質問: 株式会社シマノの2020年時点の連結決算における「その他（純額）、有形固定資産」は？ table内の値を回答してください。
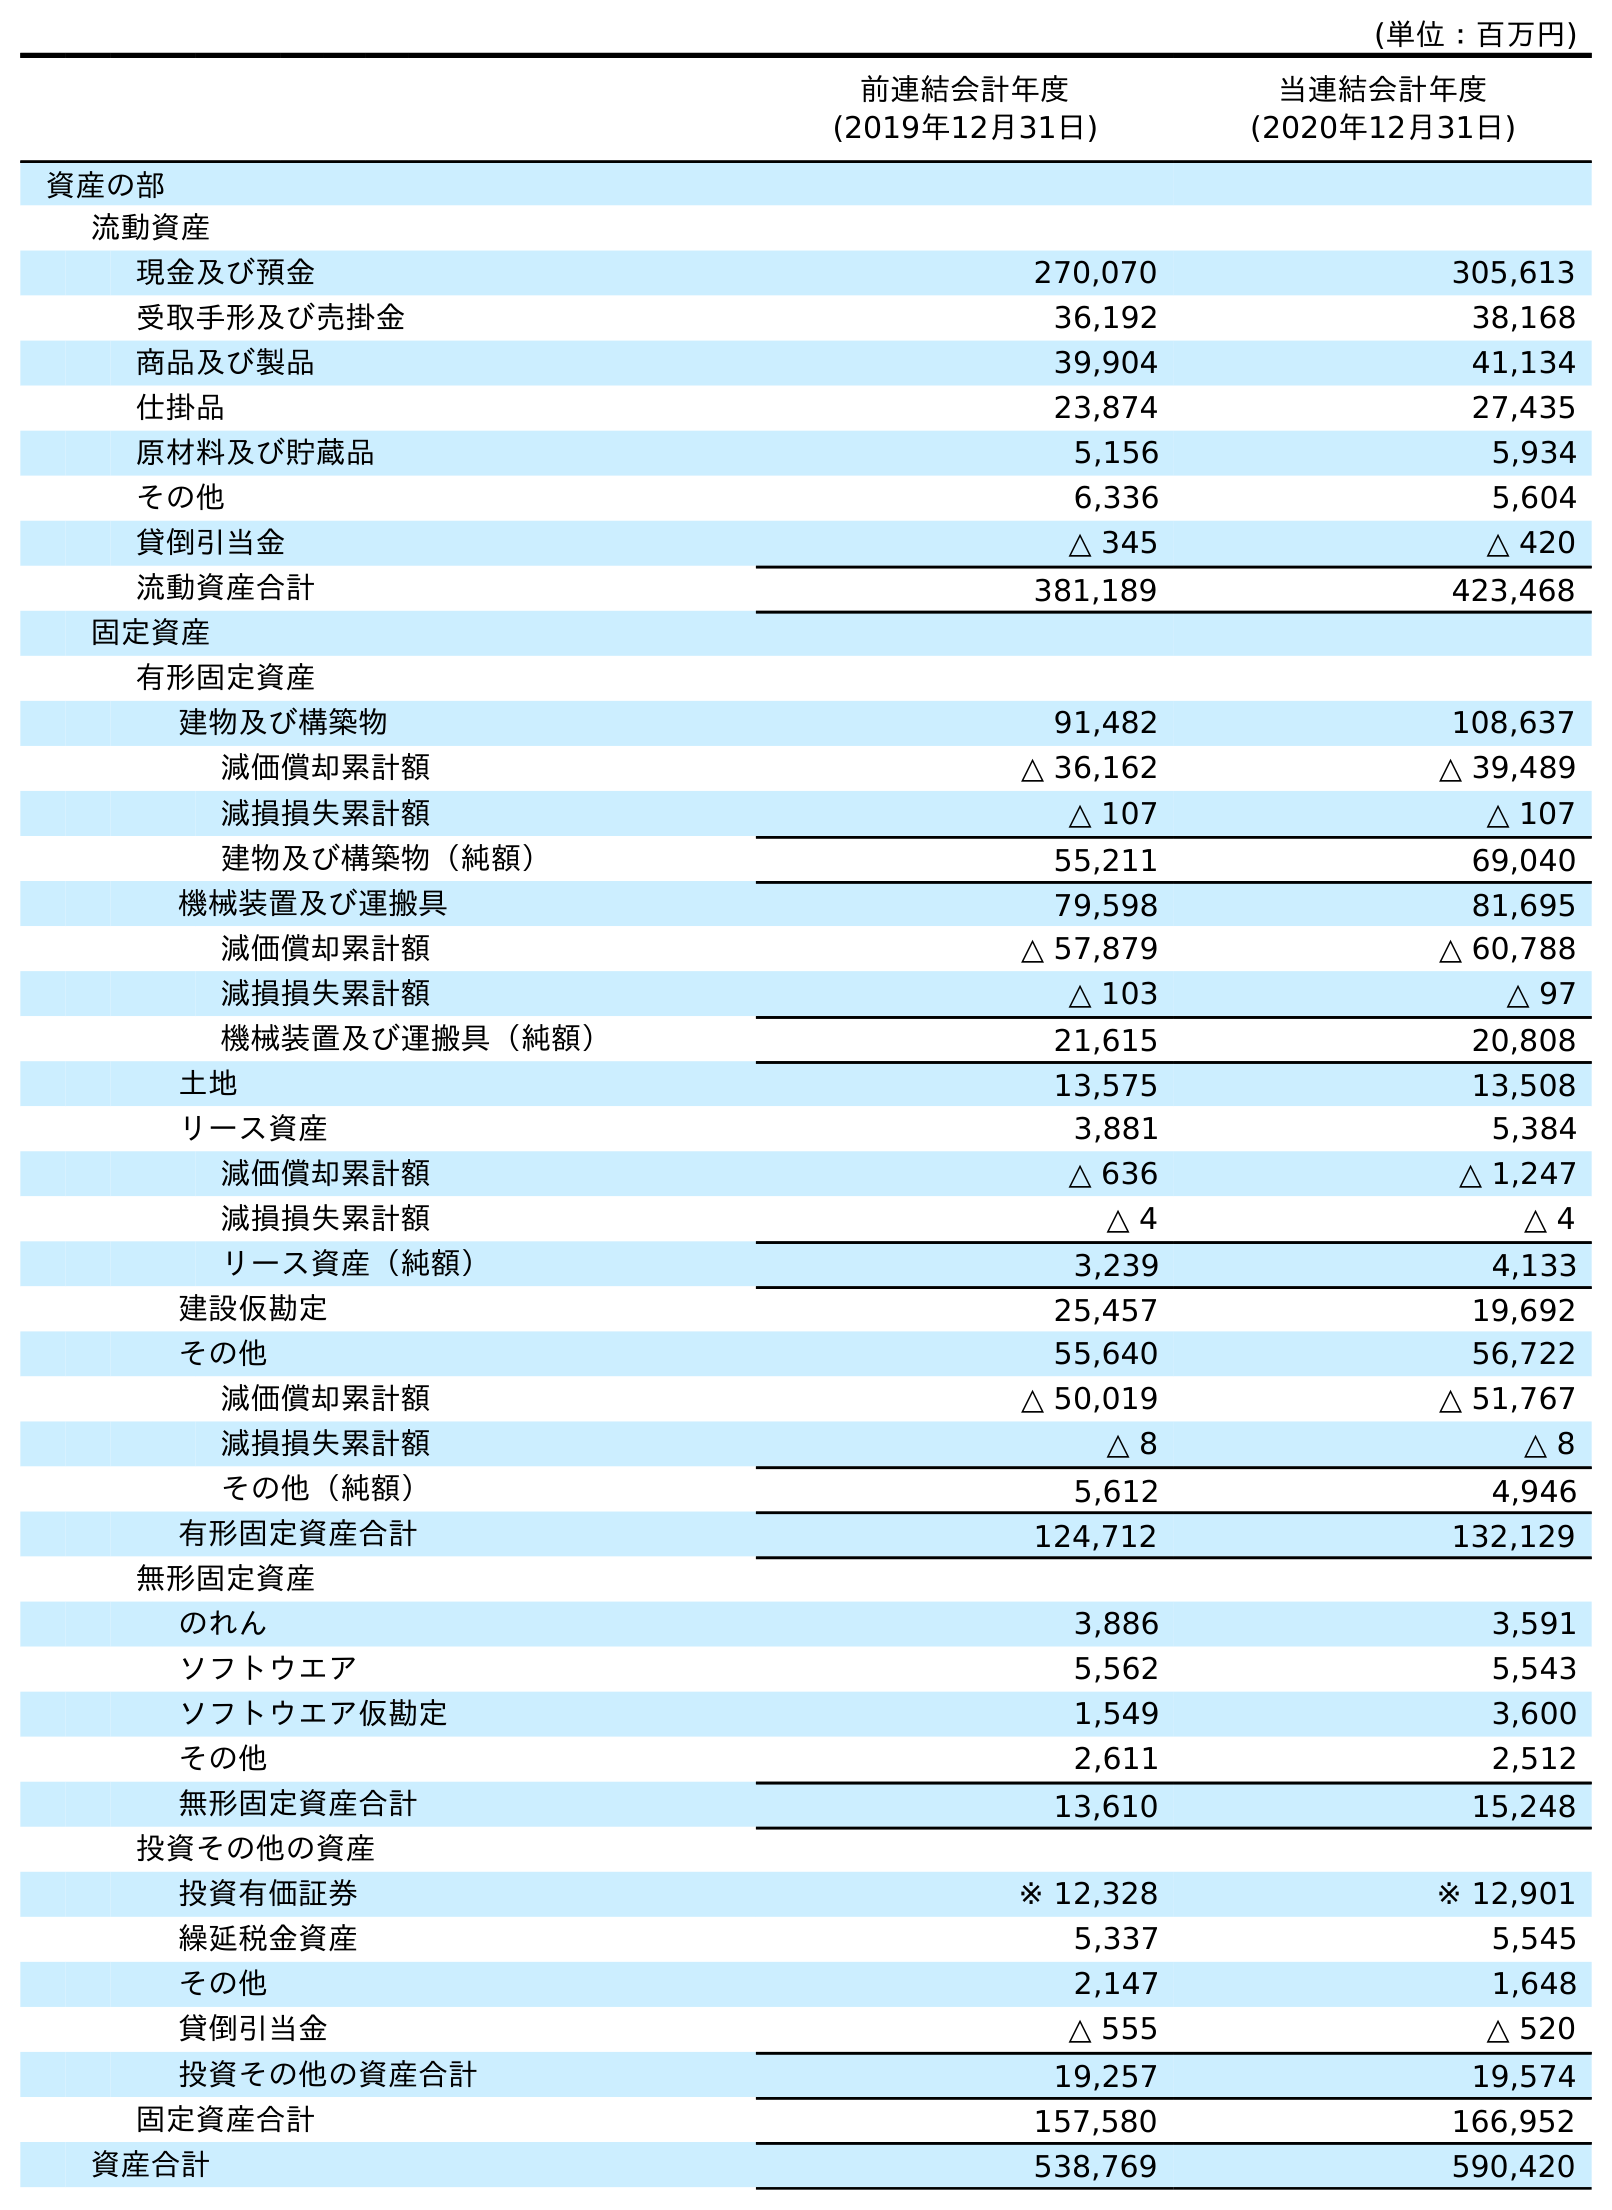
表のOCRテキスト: (単位：百万円) 前連結会計年度 (2019年12月31日) 当連結会計年度 (2020年12月31日) 資産の部 流動資産 現金及び預金 270,070 305,613 受取手形及び売掛金 36,192 38,168 商品及び製品 39,904 41,134 仕掛品 23,874 27,435 原材料及び貯蔵品 5,156 5,934 その他 6,336 5,604 貸倒引当金 △ 345 △ 420 流動資産合計 381,189 423,468 固定資産 有形固定資産 建物及び構築物 91,482 108,637 減価償却累計額 △ 36,162 △ 39,489 減損損失累計額 △ 107 △ 107 建物及び構築物（純額） 55,211 69,040 機械装置及び運搬具 79,598 81,695 減価償却累計額 △ 57,879 △ 60,788 減損損失累計額 △ 103 △ 97 機械装置及び運搬具（純額） 21,615 20,808 土地 13,575 13,508 リース資産 3,881 5,384 減価償却累計額 △ 636 △ 1,247 減損損失累計額 △ 4 △ 4 リース資産（純額） 3,239 4,133 建設仮勘定 25,457 19,692 その他 55,640 56,722 減価償却累計額 △ 50,019 △ 51,767 減損損失累計額 △ 8 △ 8 その他（純額） 5,612 4,946 有形固定資産合計 124,712 132,129 無形固定資産 のれん 3,886 3,591 ソフトウエア 5,562 5,543 ソフトウエア仮勘定 1,549 3,600 その他 2,611 2,512 無形固定資産合計 13,610 15,248 投資その他の資産 投資有価証券 ※ 12,328 ※ 12,901 繰延税金資産 5,337 5,545 その他 2,147 1,648 貸倒引当金 △ 555 △ 520 投資その他の資産合計 19,257 19,574 固定資産合計 157,580 166,952 資産合計 538,769 590,420
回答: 4,946